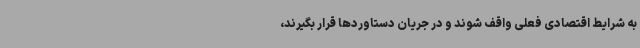
به شرایط اقتصادی فعلی واقف شوند و در جریان دستاوردها قرار بگیرند،